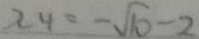
x _ { 4 } = - \sqrt { 1 0 } - 2